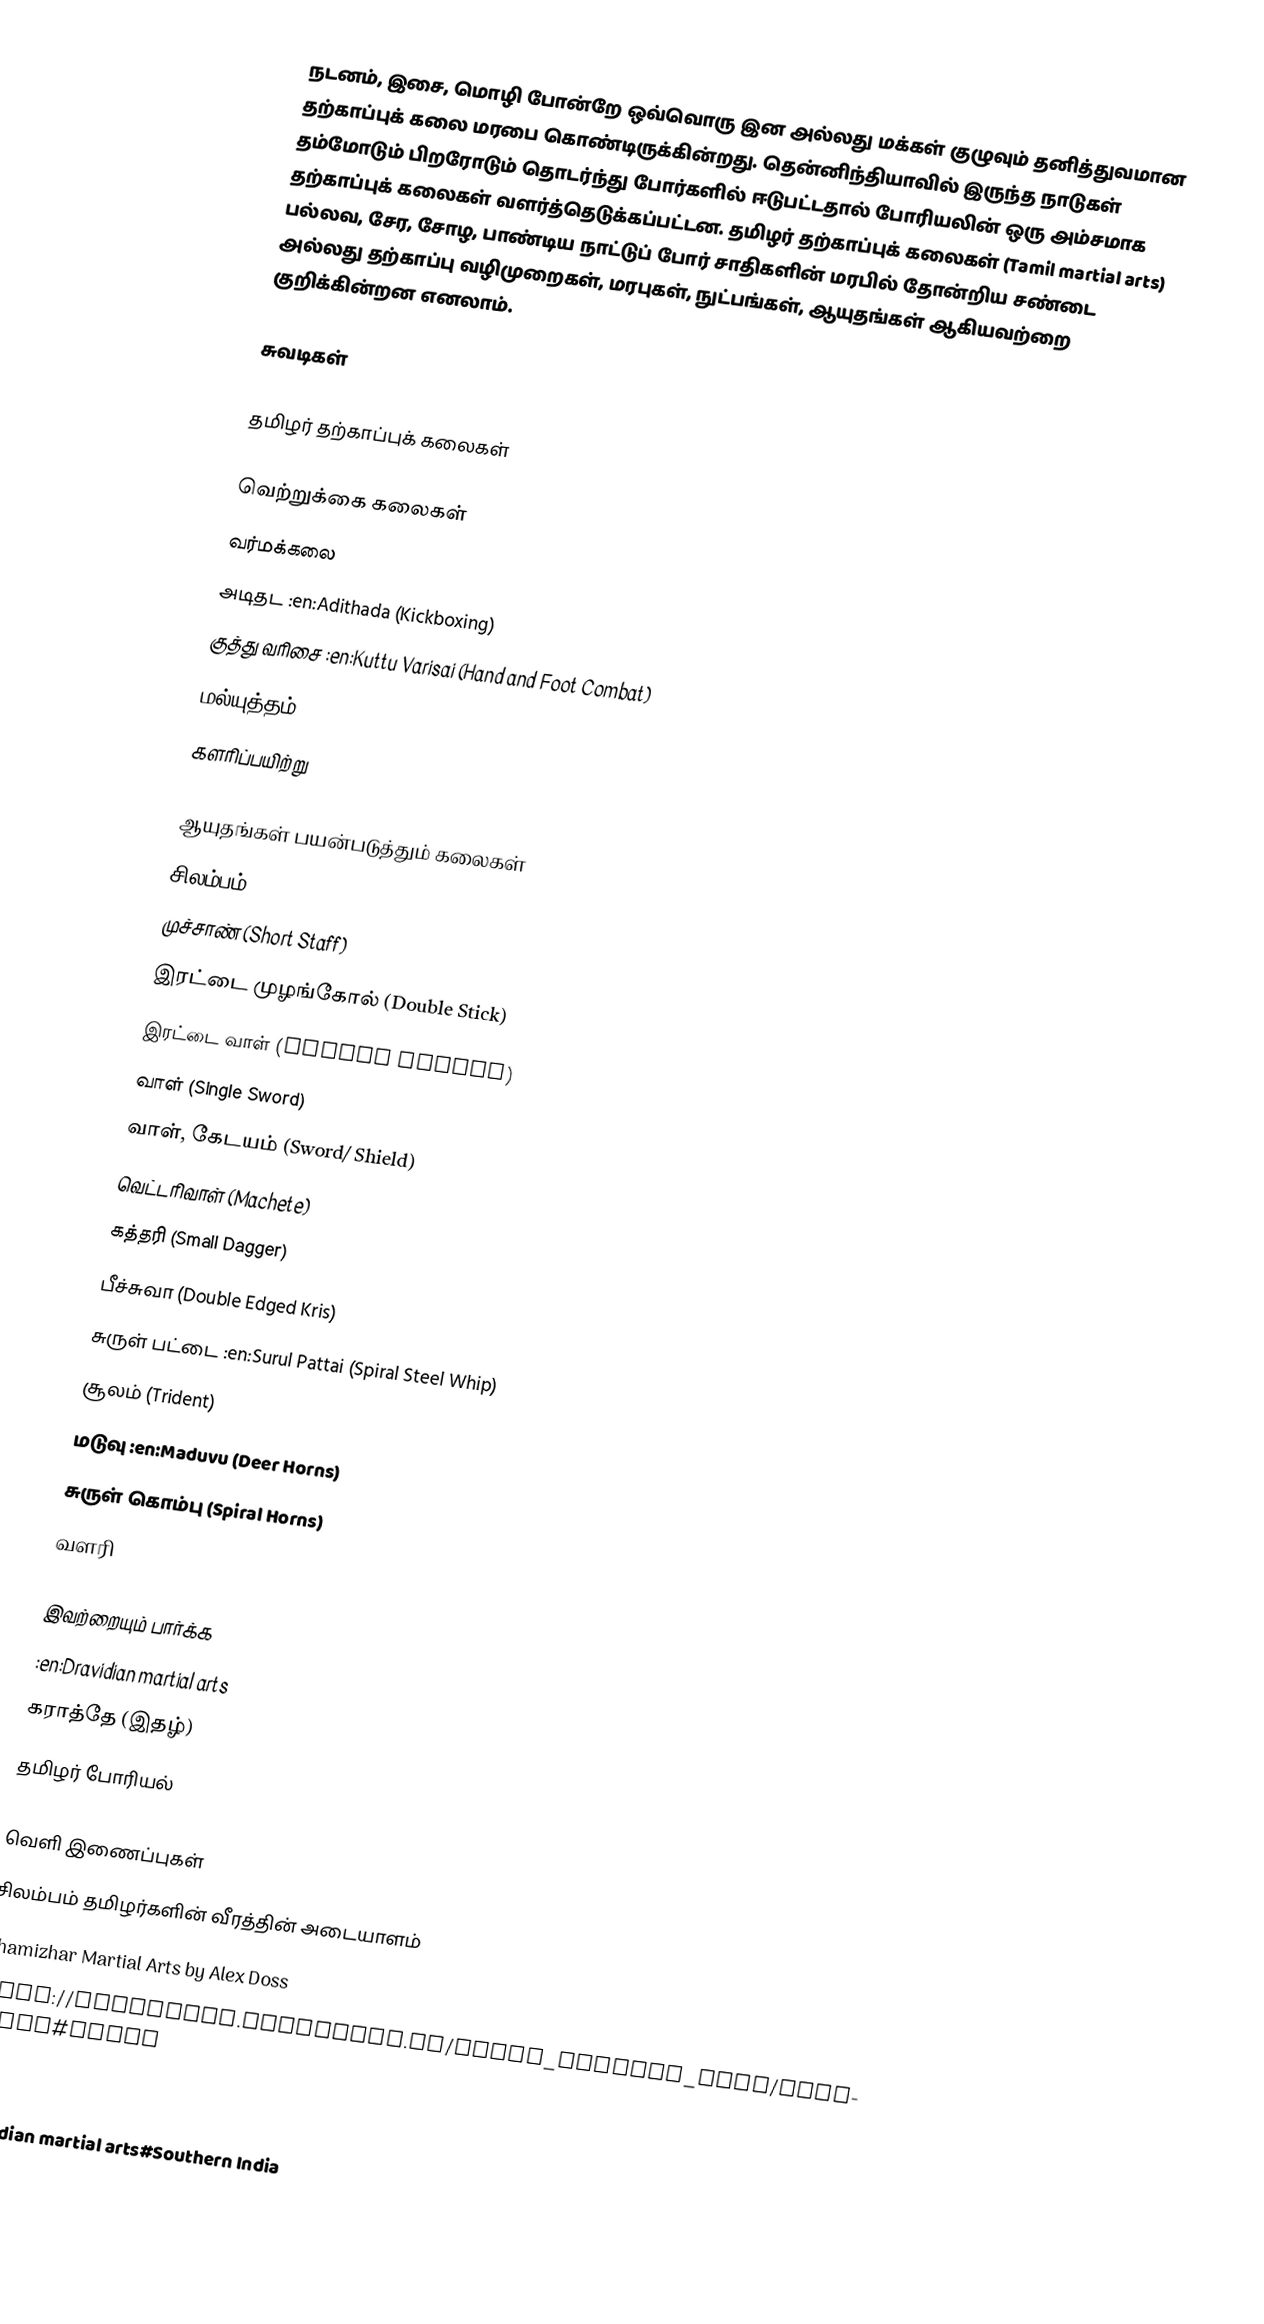
நடனம், இசை, மொழி போன்றே ஒவ்வொரு இன அல்லது மக்கள் குழுவும் தனித்துவமான தற்காப்புக் கலை மரபை கொண்டிருக்கின்றது.  தென்னிந்தியாவில் இருந்த நாடுகள் தம்மோடும் பிறரோடும் தொடர்ந்து போர்களில் ஈடுபட்டதால் போரியலின் ஒரு அம்சமாக தற்காப்புக் கலைகள் வளர்த்தெடுக்கப்பட்டன.  தமிழர் தற்காப்புக் கலைகள் (Tamil martial arts) பல்லவ, சேர, சோழ, பாண்டிய நாட்டுப் போர் சாதிகளின் மரபில் தோன்றிய சண்டை அல்லது தற்காப்பு வழிமுறைகள், மரபுகள், நுட்பங்கள், ஆயுதங்கள் ஆகியவற்றை குறிக்கின்றன எனலாம்.

சுவடிகள்

தமிழர் தற்காப்புக் கலைகள்

வெற்றுக்கை கலைகள்
 வர்மக்கலை
 அடிதட :en:Adithada (Kickboxing)
 குத்து வரிசை :en:Kuttu Varisai (Hand and Foot Combat)
 மல்யுத்தம் :en:Malyutham (Grappling)
 களரிப்பயிற்று

ஆயுதங்கள் பயன்படுத்தும் கலைகள்
 சிலம்பம்
 முச்சாண் (Short Staff)
 இரட்டை முழங்கோல் (Double Stick)
 இரட்டை வாள் (Double Swords)
 வாள் (Single Sword)
 வாள், கேடயம் (Sword/ Shield)
 வெட்டரிவாள் (Machete)
 கத்தரி (Small Dagger)
 பீச்சுவா (Double Edged Kris)
 சுருள் பட்டை :en:Surul Pattai (Spiral Steel Whip)
 சூலம் (Trident)
 மடுவு :en:Maduvu (Deer Horns)
 சுருள் கொம்பு (Spiral Horns)
 வளரி

இவற்றையும் பார்க்க
 :en:Dravidian martial arts
 கராத்தே (இதழ்)
 தமிழர் போரியல்

வெளி இணைப்புகள்
 சிலம்பம் தமிழர்களின் வீரத்தின் அடையாளம்
 Thamizhar Martial Arts by Alex Doss
 http://heartland.geocities.jp/india_martial_arts/index.htm#tamil

en:Indian martial arts#Southern India